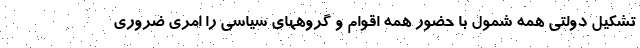
تشکیل دولتی همه شمول با حضور همه اقوام و گروههای سیاسی را امری ضروری